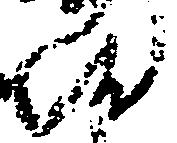
院